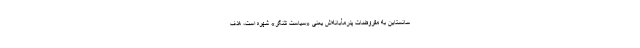
سانستاین به مفروضات پدرمآبانه‌اش یعنی «سیاست‌ تلنگر» شهره است، هدف